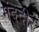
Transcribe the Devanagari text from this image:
मंद्दीर